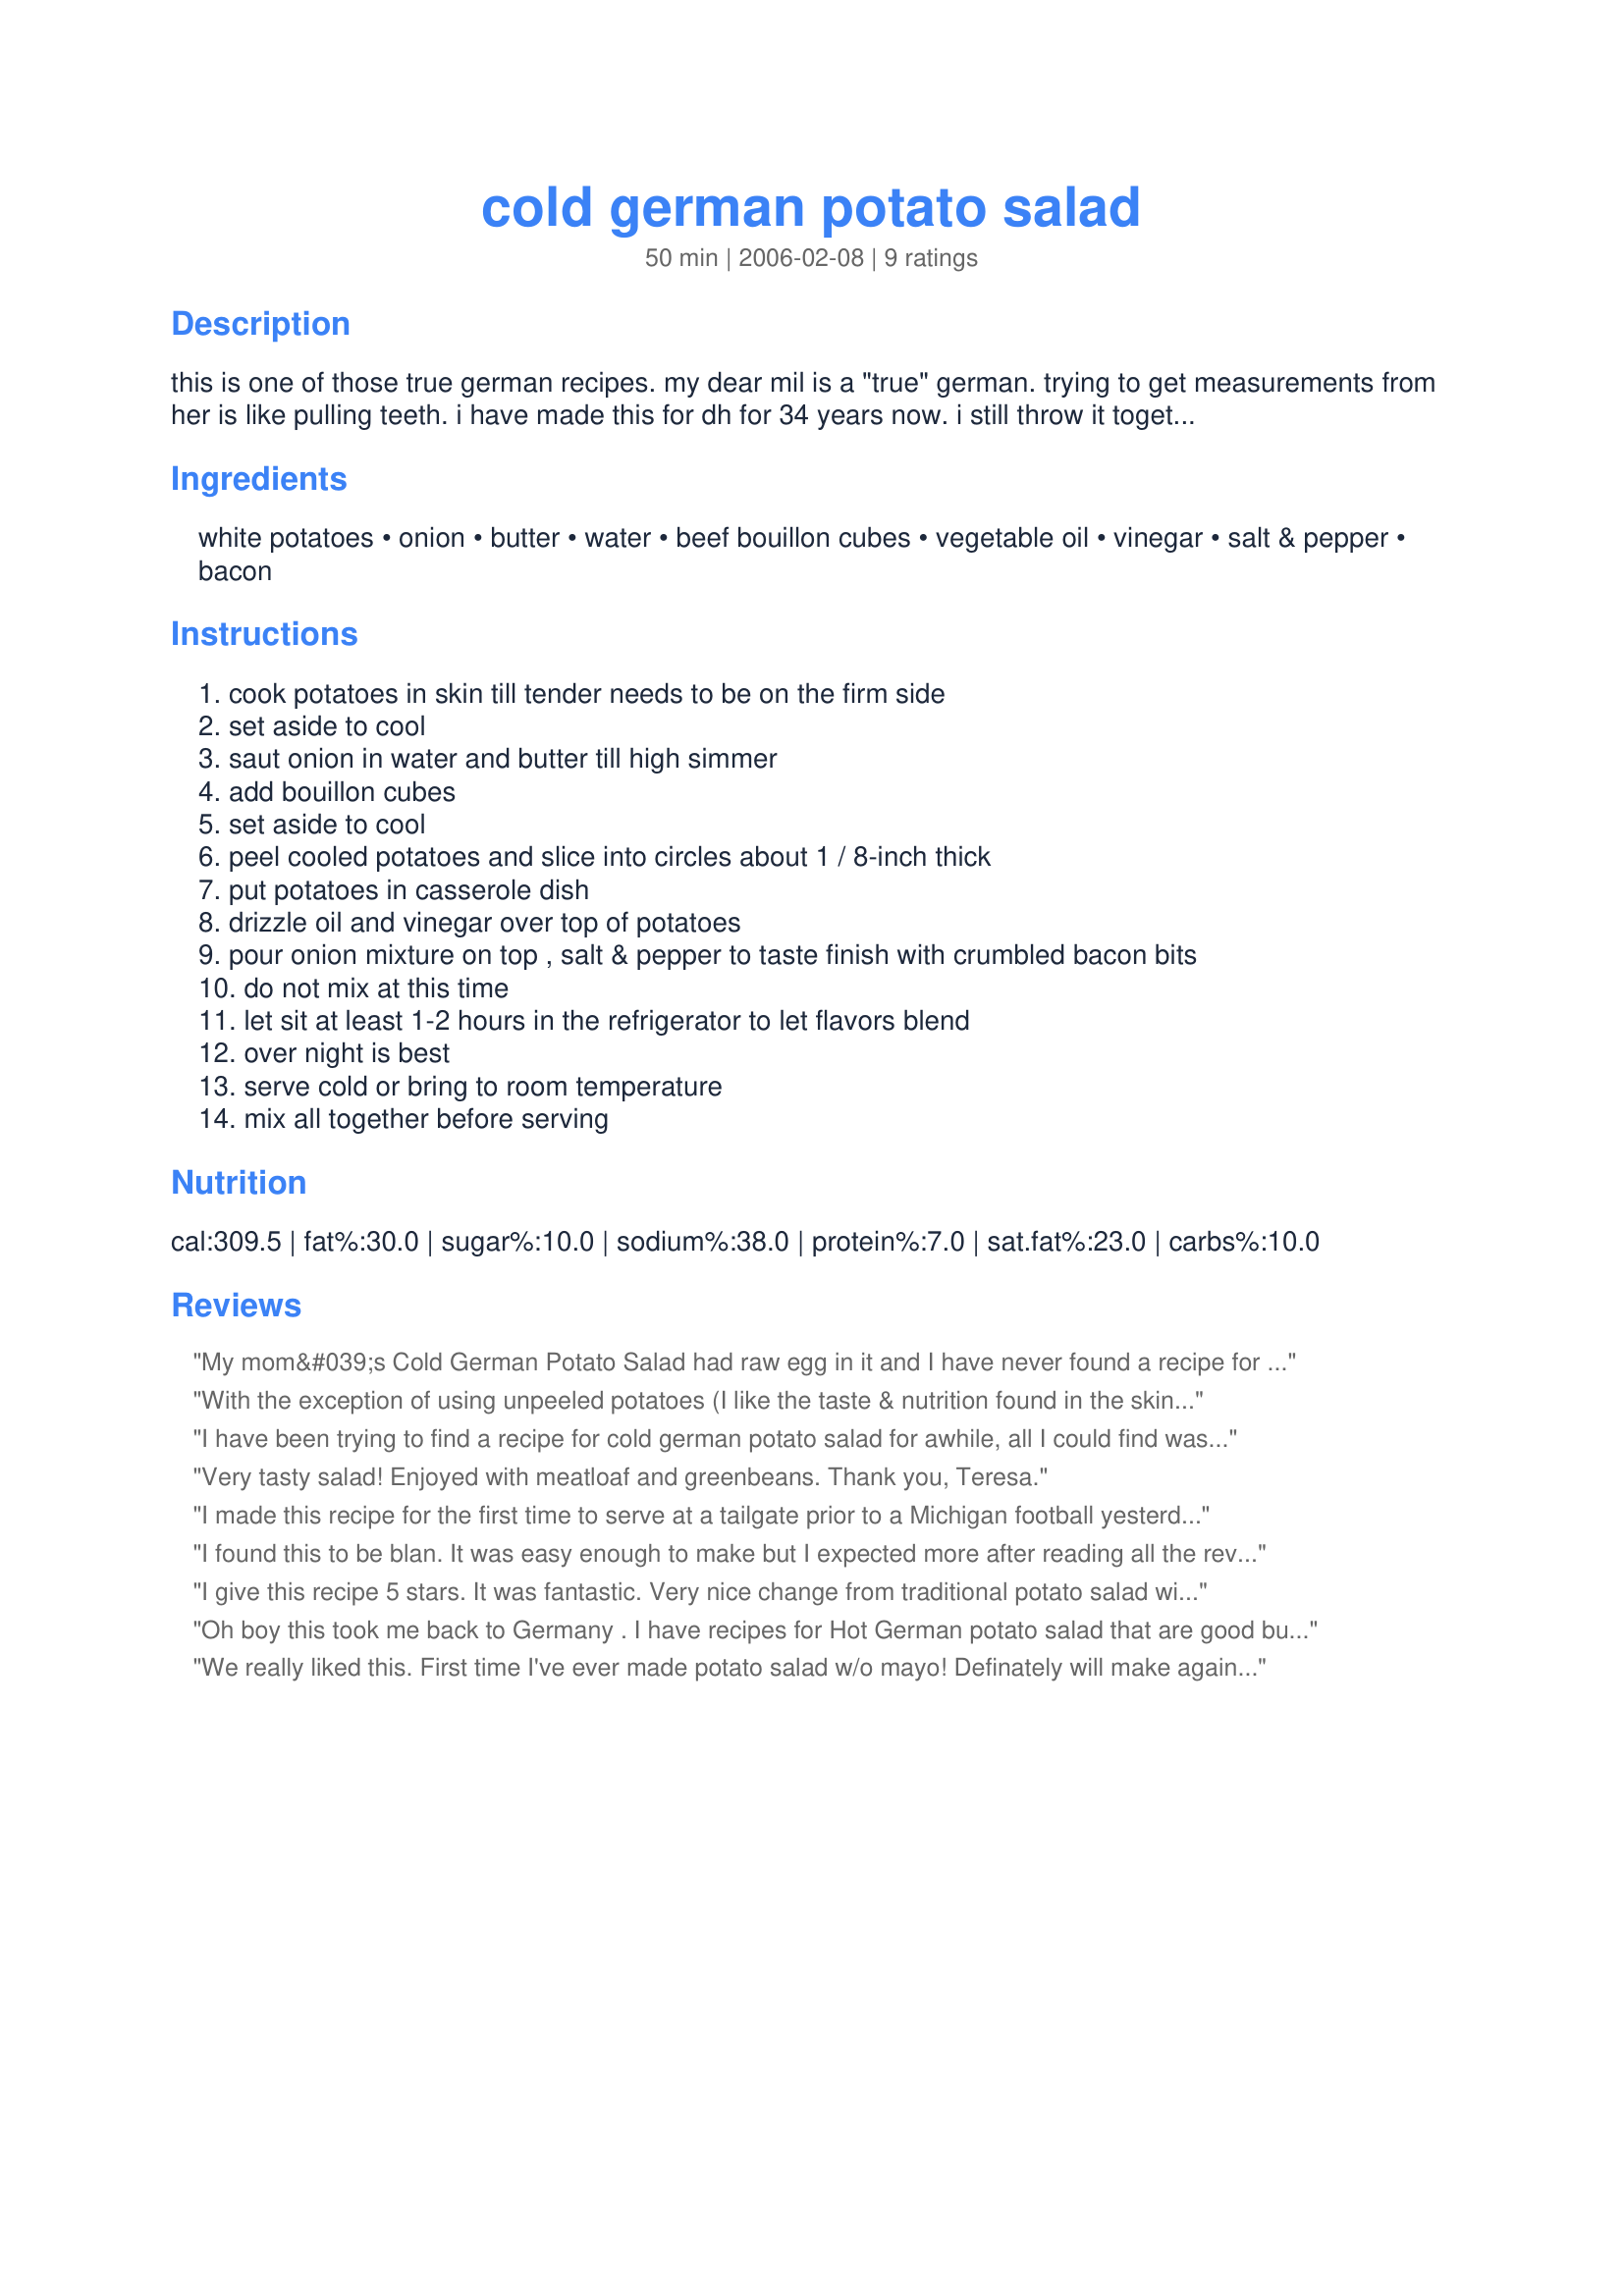
cold german potato salad
Preparation time: 50 minutes

this is one of those true german recipes. my dear mil is a "true" german. trying to get measurements from her is like pulling teeth. i have made this for dh for 34 years now. i still throw it together without measuring so today while preparing it i tried to eyeball the amounts. hope it works for you and that it is enjoyed. there is no sugar included like most potato salads. dh does like mayo on the side.

Ingredients:
white potatoes, onion, butter, water, beef bouillon cubes, vegetable oil, vinegar, salt & pepper, bacon

Steps:
cook potatoes in skin till tender needs to be on the firm side
set aside to cool
saut onion in water and butter till high simmer
add bouillon cubes
set aside to cool
peel cooled potatoes and slice into circles about 1 / 8-inch thick
put potatoes in casserole dish
drizzle oil and vinegar over top of potatoes
pour onion mixture on top , salt & pepper to taste finish with crumbled bacon bits
do not mix at this time
let sit at least 1-2 hours in the refrigerator to let flavors blend
over night is best
serve cold or bring to room temperature
mix all together before serving

Reviews:
My mom&#039;s Cold German Potato Salad had raw egg in it and I have never found a recipe for anything like it. This was very good although a little putzy - why cook down the onion? I may have cooked the onion too long - wasn&#039;t sure about &quot;Saut&eacute; onion in water and butter till high simmer.&quot; There was no liquid left for the bullion to dissolve into. Anyway, I made it work!
With the exception of using unpeeled potatoes (I like the taste & nutrition found in the skin!), the recipe was followed! Your potato salad is ABSOLUTELY GREAT! Thanks for sharing it! [Tagged, made & reviewed in 1-2-3 Hit Wonders cooking game]
I have been trying to find a recipe for cold german potato salad for awhile, all I could find was the hot version! I'm so glad I finally found this recipe. It is very good and easy to make, exactly what I was looking for!
Very tasty salad! Enjoyed with meatloaf and greenbeans. Thank you, Teresa.
I made this recipe for the first time to serve at a tailgate prior to a Michigan football yesterday. I had six guests, five of which are from Germany. They all said my "Hausgemachter Deutscher Kartoffelsalat" was "lecker!!" THIS RECIPE IS PERFECT. Follow it precisely, and you will not be disappointed.
I found this to be blan. It was easy enough to make but I expected more after reading all the reviews. I served it after about 9 hrs of refrigeration. It tasted a little better the next day but definitely not what I expected.
I give this recipe 5 stars. It was fantastic. Very nice change from traditional potato salad with mayo. I will most certainly make this again and again. Didn't change a thing. Measurements were perfect. Thanks Teresa for sharing.
Oh boy this took me back to Germany .
I have recipes for Hot German potato salad that are good but this one is exactly like many of the ones we had when we lived there YUMMMMMYYY
This is going in my Divine Recipes cookbook
Made for Gimme 5 tag
We really liked this. First time I've ever made potato salad w/o mayo! Definately will make again. Thanks for a great recipe, Teresa!
